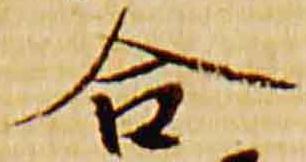
合